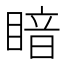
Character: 𪾲